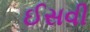
ઈસવી